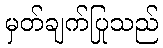
မှတ်ချက်ပြုသည်